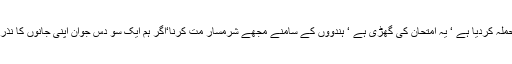
اس لمحے میجر شفقت بلوچ نے اپنے جوانوں سے مخاطب ہوکر کہا کہ بھارتی فوج نے حملہ کردیا ہے ‘ یہ امتحان کی گھڑی ہے ‘ ہندووں کے سامنے مجھے شرمسار مت کرنا‘اگر ہم ایک سو دس جوان اپنی جانوں کا نذرانہ پیش کرکے 33لاکھ آبادی کے شہر لاہورکو بچا لیتے ہیں تو یہ سود ا مہنگا نہیں ہے۔